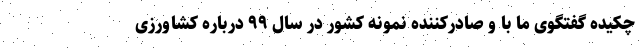
چکیده گفتگوی ما با و صادرکننده نمونه کشور در سال ۹۹ درباره کشاورزی